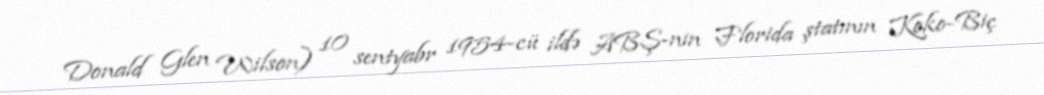
Donald Glen Wilson) 10 sentyabr 1954-cü ildə ABŞ-nin Florida ştatının Koko-Biç